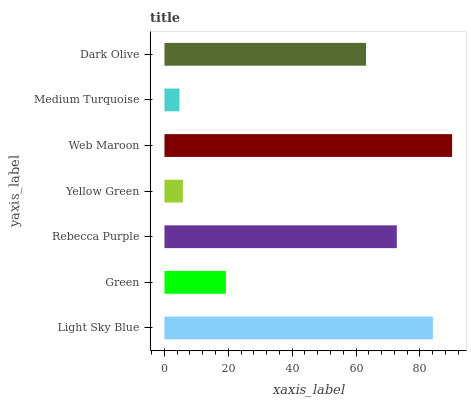
| yaxis_label | bars |
 | --- | --- |
 | Light Sky Blue | 84.1 |
 | Green | 19.2 |
 | Rebecca Purple | 72.8 |
 | Yellow Green | 5.78 |
 | Web Maroon | 90.1 |
 | Medium Turquoise | 4.7 |
 | Dark Olive | 63.1 |